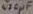
Text: 470µF